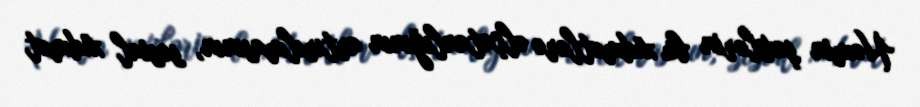
Həmin şəxslərin bu xidmətlərə əlçatanlığının artırılmasının, sosial xidmət